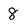
Character: 8